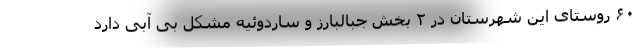
۶۰ روستای این شهرستان در ۲ بخش جبالبارز و ساردوئیه مشکل بی آبی دارد